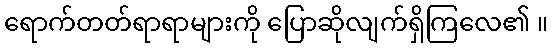
ရောက်တတ်ရာရာများကို ပြောဆိုလျက်ရှိကြလေ၏ ။